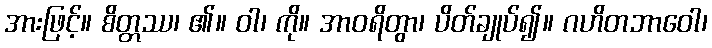
အားဖြင့်။ စိတ္တဿ၊ ၏။ ဝါ၊ ကို။ အာဝရိတွာ၊ ပိတ်ချုပ်၍။ ဂဟိတဘာဝေါ၊